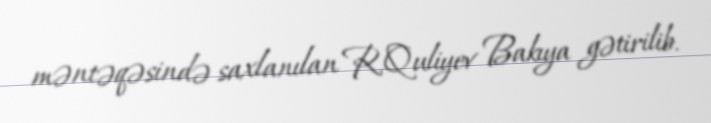
məntəqəsində saxlanılan R.Quliyev Bakıya gətirilib.